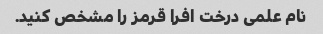
نام علمی درخت افرا قرمز را مشخص کنید.